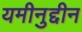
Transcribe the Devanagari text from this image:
यमीनुद्दीन